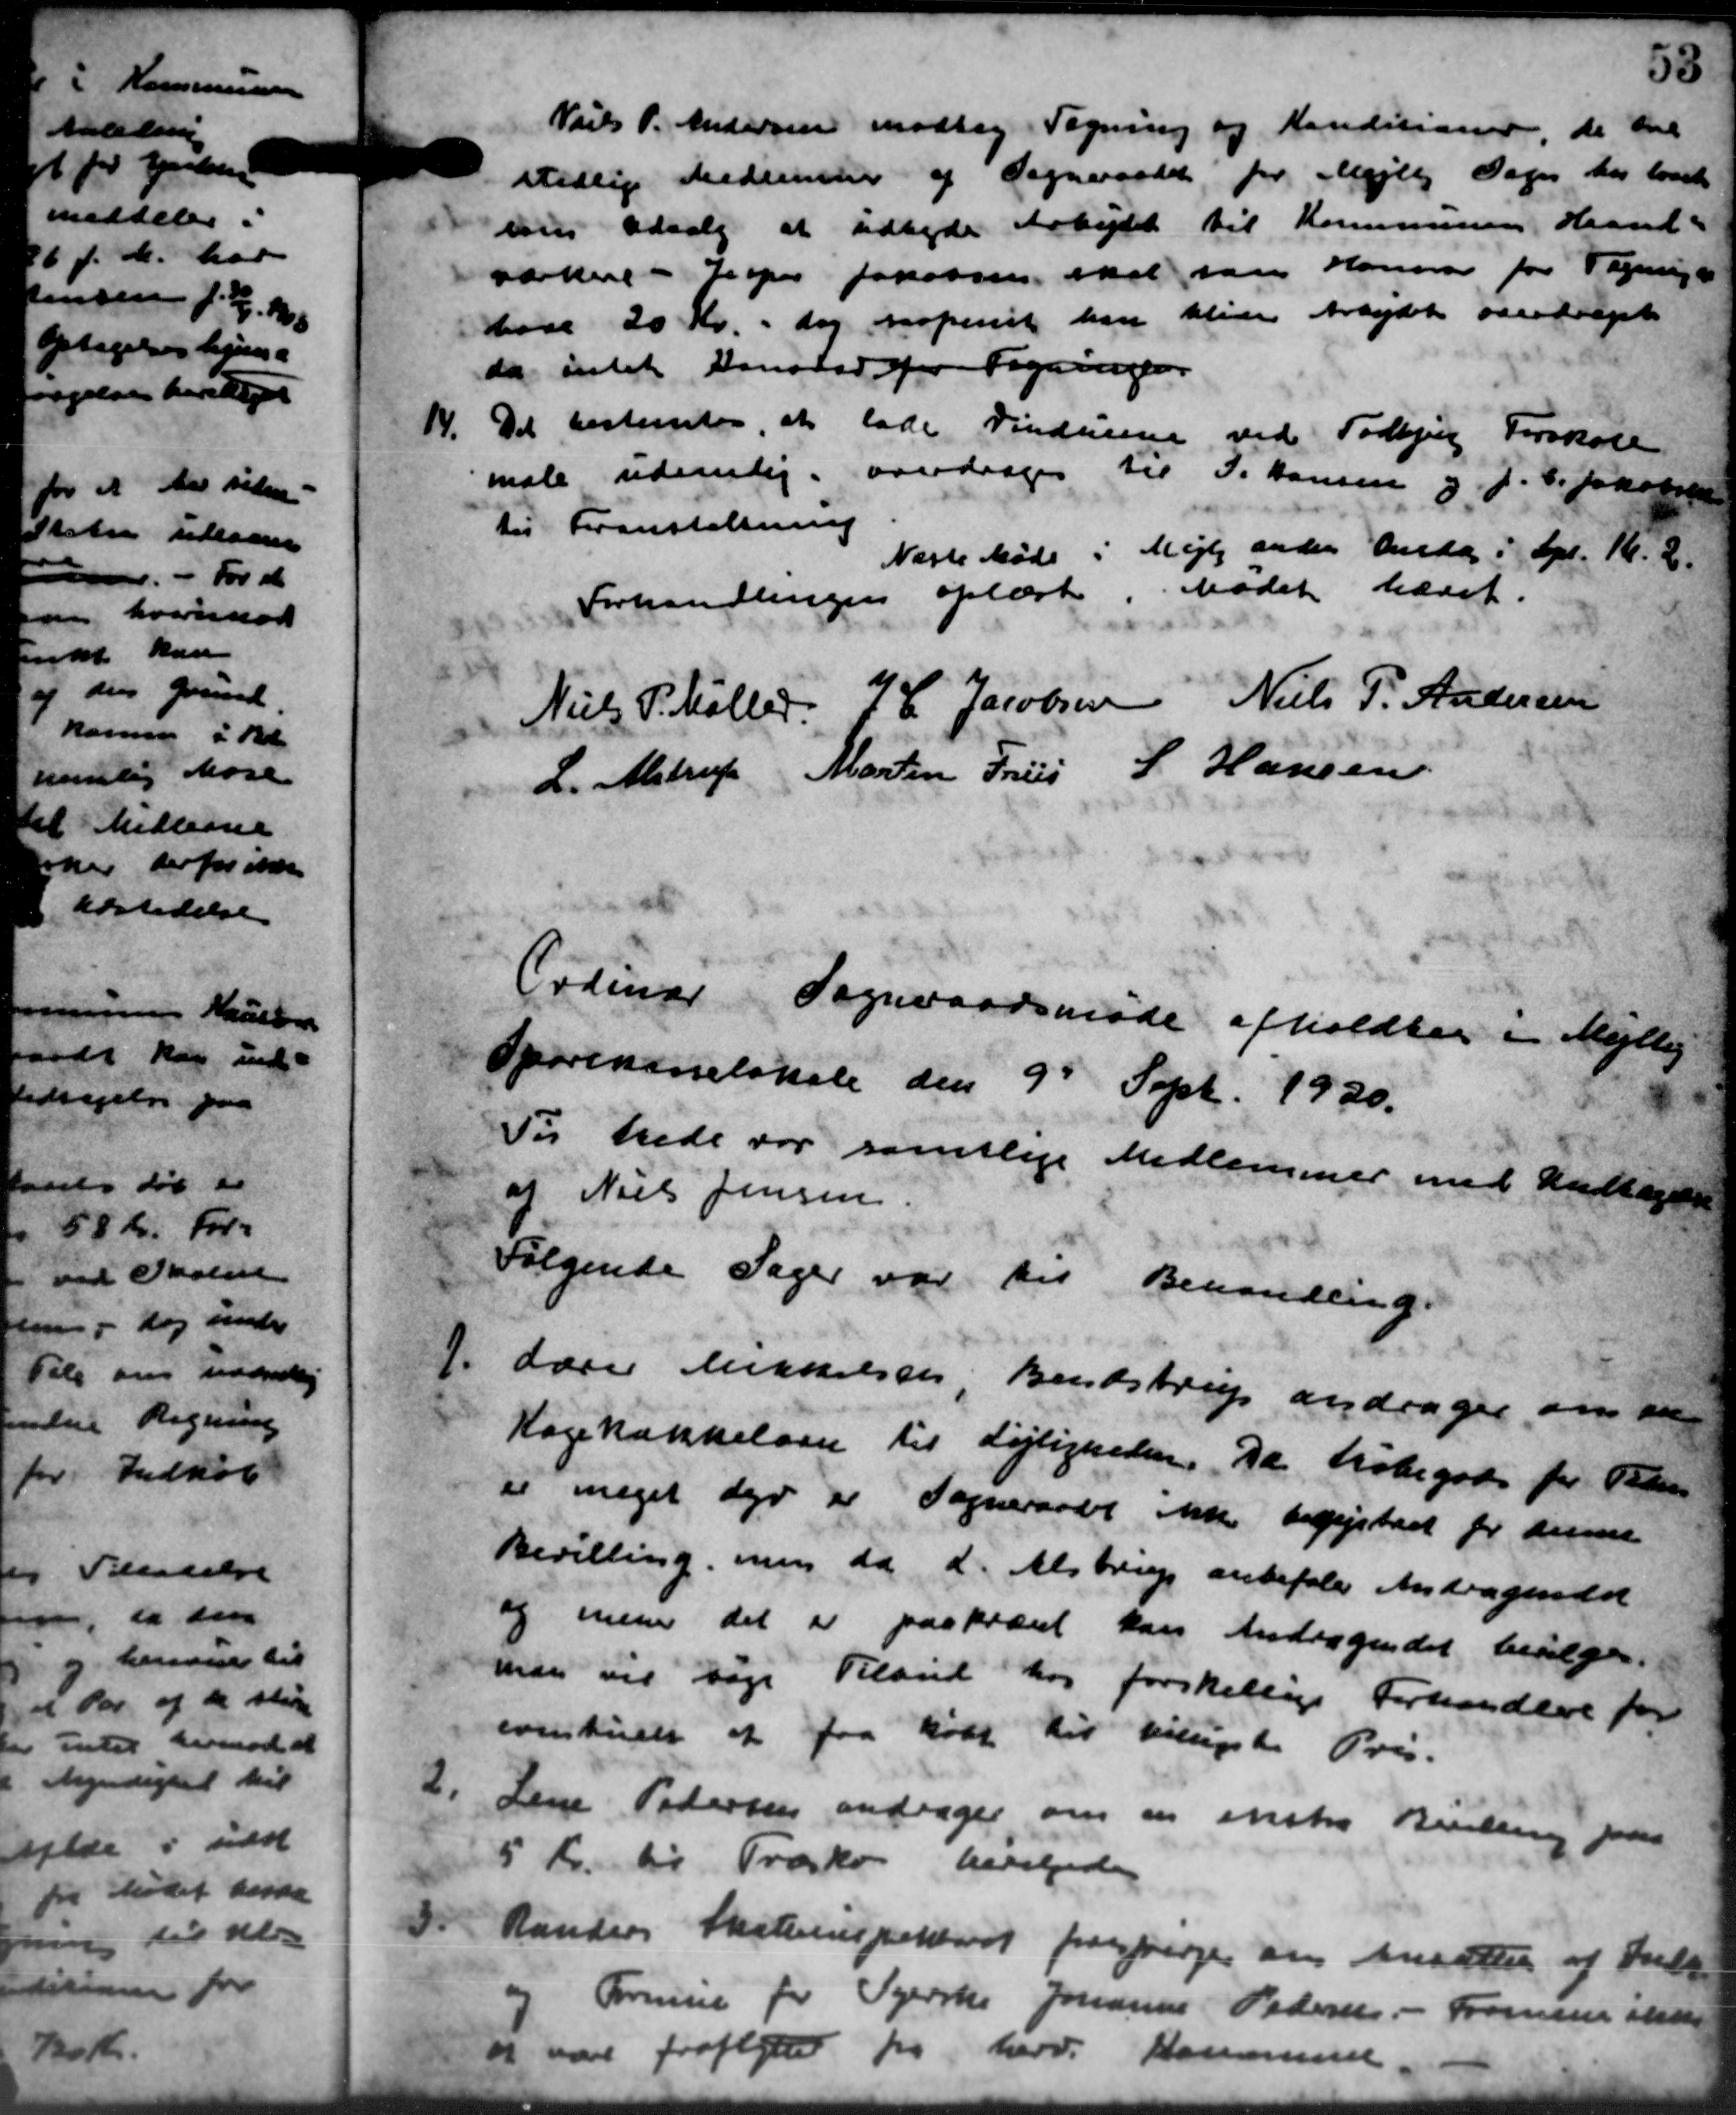
Transskription:
Niels P. Andersen modtog Tegning og Konditioner, de de
vedlig medemener af Sogneraadet for Mejlby Sagen har lovet
som Udvalg at udbyde Arbejdet til Kommunens Haand-
satten - Jesper Jakobsen, skal saa Hansen for Tegninge
hore 20 Kr., dog proferiet han bliver Arbejdet overdraget
da intet Dansked for Tegningen
14. Det bestemtes, at lade Vinduerne ved Todbjerg Forskole
14. Det bestemtes, at lade Vinduerne ved Todbjerg Forskole
male udenlig overdrages til P. Hansen og J. P. Jacobsen
til Foranstaltning
Næste Møde i Mejlby anden Andag i Opt. Kl. 2.
Forhandlingen oplæst. Mødet hævet.
Niels P. Møller
J. C. Jacobsen
Niels P. Andersen
L. Alstrup
Martin Friis
L Hansen
Ordinær Sogneraadsmøde afholdtes i Mejlby
Sporensnelokale den 9d Sept. 1930.
Til hede var samtlige Medlemmer med Undtagelse
at Niels Jensen.
Følgende Sager var til Behandling.
1. Laver berielses Bendstrup andrager om an
1. Laver berielses Bendstrup andrager om an
Kagekakkelovn til Lejligheden. Da Købegode for Peders
er meget der er Sogneraadet ikke begestret for denne
Bevilling, men da d. Alstrup anbefale Andragendet
og mener det er paakrævet kan Andragendet bevilges.
man vil søge Tilbud har forskellige Forhandlere for
eventuelt at faa købt til billigste Pris.
2.
Lene Petersen andrager om en enstre Berling paa
5 Kr. til Træske bevilgedes
 Randers Skoleinspekteret forespørger om Ansætte af Ind-
 Randers Skoleinspekteret forespørger om Ansætte af Ind-
Formue for Tjerske Johanne Pedersen - Sørensen ikke
vare fraflytte for herv. Kommune